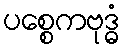
ပစ္စေကဗုဒ္ဓံ